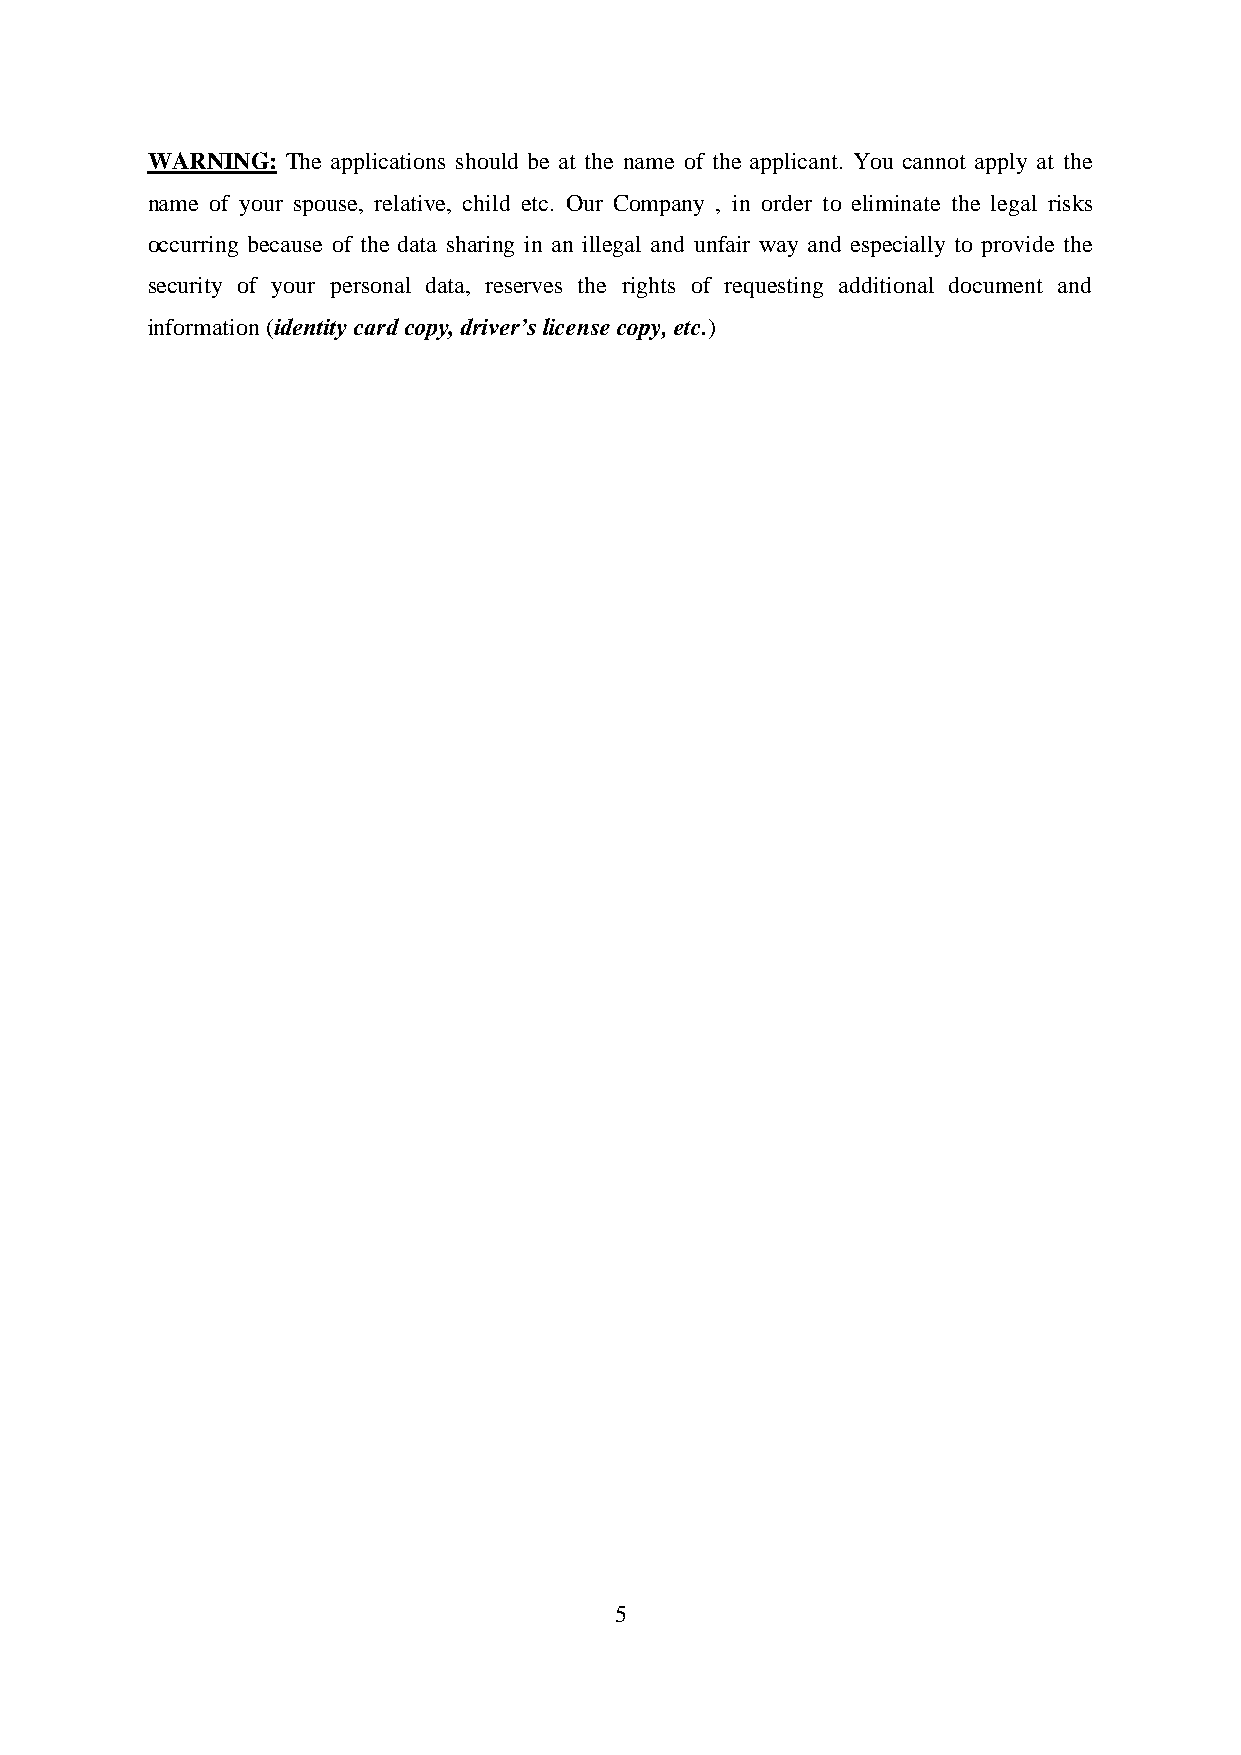
WARNING: The applications should be at the name of the applicant. You cannot apply at the
 name of your spouse, relative, child etc. Our Company , in order to eliminate the legal risks
 occurring because of the data sharing in an illegal and unfair way and especially to provide the
 security of your personal data, reserves the rights of requesting additional document and
 information (identity card copy, driver’s license copy, etc.)
 5